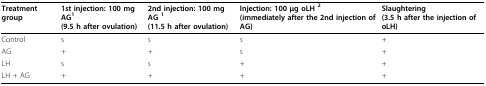
<table><thead><tr><td><b>Treatment group</b></td><td><b>1st injection: 100 mg AG<sup>1</sup>(9.5 h after ovulation)</b></td><td><b>2nd injection: 100 mg AG <sup>1</sup>(11.5 h after ovulation)</b></td><td><b>Injection: 100 μg oLH <sup>2</sup>(immediately after the 2nd injection of AG)</b></td><td><b>Slaughtering(3.5 h after the injection of oLH)</b></td></tr></thead><tbody><tr><td>Control</td><td>s</td><td>s</td><td>s</td><td>+</td></tr><tr><td>AG</td><td>+</td><td>+</td><td>s</td><td>+</td></tr><tr><td>LH</td><td>s</td><td>s</td><td>+</td><td>+</td></tr><tr><td>LH + AG</td><td>+</td><td>+</td><td>+</td><td>+</td></tr></tbody></table>